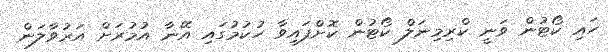
ހައި ކޯޓުން ވަނީ ކްރިމިނަލް ކޯޓުން ކޮށްފައިވާ ހުކުމުގައި އޭނާ އުމުރަށް އަރުވާލަން